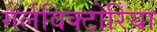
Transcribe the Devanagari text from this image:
गर्लविक्टोरिया